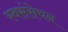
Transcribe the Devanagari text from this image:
स्वसंसेचन